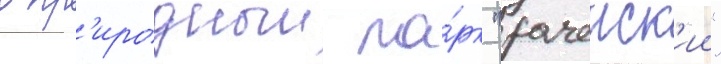
в пр'иродныи па́рк "рачеиск'ии"